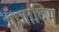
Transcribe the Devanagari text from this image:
गणादिम्